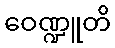
ဝေဏ္ဍူတိ